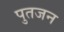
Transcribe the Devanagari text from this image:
पुतजन